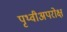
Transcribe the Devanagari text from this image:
पृथ्वीअपरोक्ष